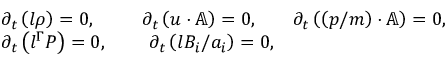
\begin{array} { r l r l } & { \partial _ { t } \left( l \rho \right) = 0 , \quad } & { \partial _ { t } \left( \boldsymbol { u } \cdot \mathbb { A } \right) = 0 , \quad } & { \partial _ { t } \left( \left( \boldsymbol { p } / m \right) \cdot \mathbb { A } \right) = 0 , } \\ & { \partial _ { t } \left( l ^ { \Gamma } P \right) = 0 , \quad } & { \partial _ { t } \left( l B _ { i } / a _ { i } \right) = 0 , } \end{array}